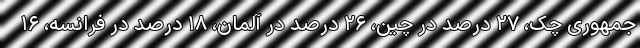
جمهوری چک، ۲۷ درصد در چین، ۲۶ درصد در آلمان، ۱۸ درصد در فرانسه، ۱۶